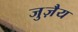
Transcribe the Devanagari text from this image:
जुज़ैय